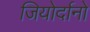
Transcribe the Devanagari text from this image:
जियोर्दानो